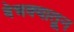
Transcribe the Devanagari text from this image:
बेचक्‍यातून